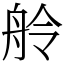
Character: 舲